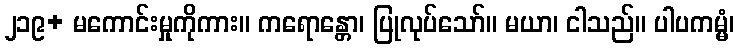
၂၁၉+ မကောင်းမှုကိုကား။ ကရောန္တော၊ ပြုလုပ်သော်။ မယာ၊ ငါသည်။ ပါပကမ္မံ၊